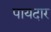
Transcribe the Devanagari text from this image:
पायदार